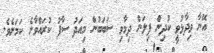
އޭނާ ވިދާޅުވީ ކުދިން ފިލަން ދިމާވި ސަބަބުން މިއަދު ސާފު ކުރައްވާނެ ކަމަށެވެ.